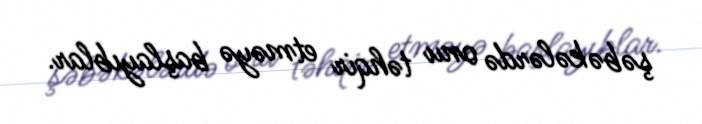
şəbəkələrdə onu təhqir etməyə başlayıblar.